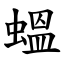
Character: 蝹